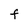
Character: F